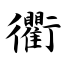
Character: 衢